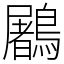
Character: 鷵